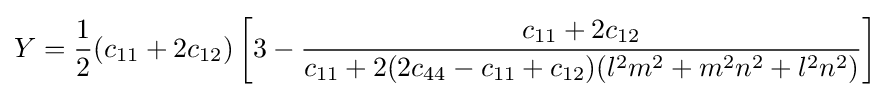
Y={\frac {1}{2}}(c_{11}+2c_{12})\left[3-{\frac {c_{11}+2c_{12}}{c_{11}+2(2c_{44}-c_{11}+c_{12})(l^{2}m^{2}+m^{2}n^{2}+l^{2}n^{2})}}\right]